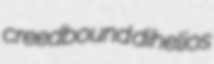
creedbound dihelios